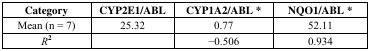
<table><thead><tr><td><b>Category</b></td><td><b>CYP2E1/ABL</b></td><td><b>CYP1A2/ABL *</b></td><td><b>NQO1/ABL *</b></td></tr></thead><tbody><tr><td>Mean (n = 7)</td><td>25.32</td><td>0.77</td><td>52.11</td></tr><tr><td><i>R</i><sup>2</sup></td><td></td><td>−0.506</td><td>0.934</td></tr></tbody></table>